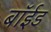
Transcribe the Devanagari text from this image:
बॉईड